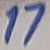
Text: 17